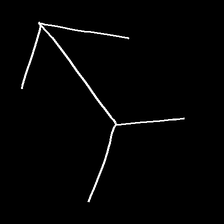
Glyph: gather